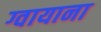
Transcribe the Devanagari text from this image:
ग्वायाना